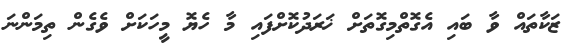
ޒަކާތައް ވާ ބައި އެގޮތްމިގޮތަށް ޚަރަދުކޮށްފައި މާ ހެޔޮ މީހަކަށް ވެގެން ތިމަންނަ